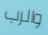
والرب